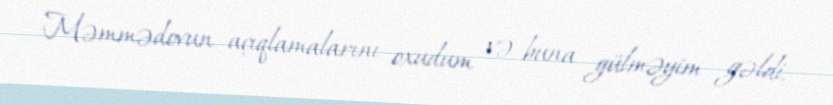
Məmmədovun açıqlamalarını oxudum və buna gülməyim gəldi.